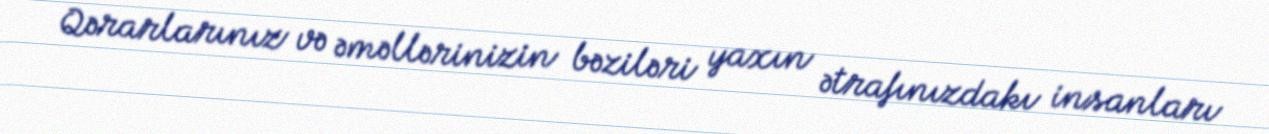
Qərarlarınız və əməllərinizin bəziləri yaxın ətrafınızdakı insanları